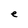
Character: e